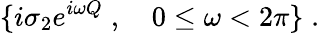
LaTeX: \{ i\sigma_{2}e^{i\omega Q}\; ,\quad 0\le\omega<2\pi\} \; .